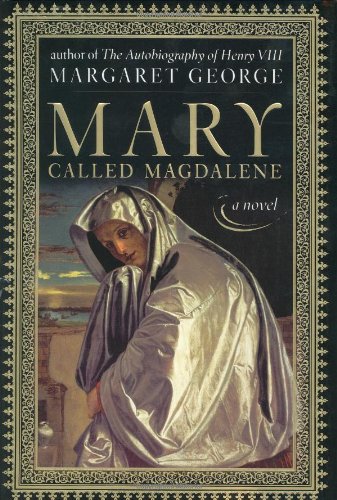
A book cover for Mary, Called Magdalene; Margaret George; Christian Books & Bibles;